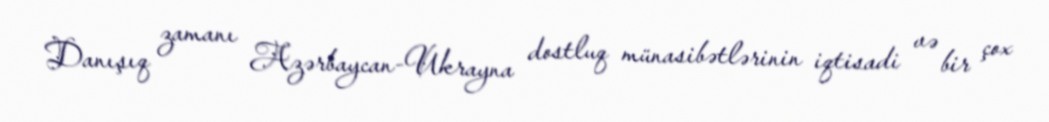
Danışıq zamanı Azərbaycan-Ukrayna dostluq münasibətlərinin iqtisadi və bir çox